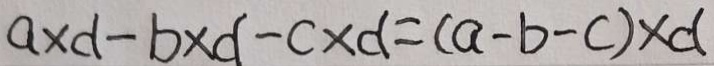
a \times d - b \times d - c \times d = ( a - b - c ) \times d